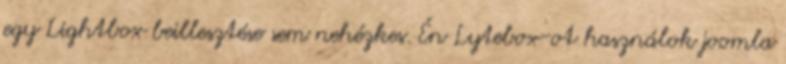
egy Lightbox beillesztése sem nehézkes. Én Lytebox-ot használok joomla